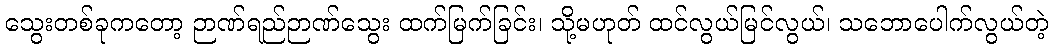
သွေးတစ်ခုကတော့ ဉာဏ်ရည်ဉာဏ်သွေး ထက်မြက်ခြင်း၊ သို့မဟုတ် ထင်လွယ်မြင်လွယ်၊ သဘောပေါက်လွယ်တဲ့